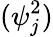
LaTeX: (\psi_{j}^{2})